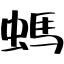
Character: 螞